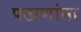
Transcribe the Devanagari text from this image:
पठाणांना